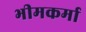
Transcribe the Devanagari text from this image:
भीमकर्मा